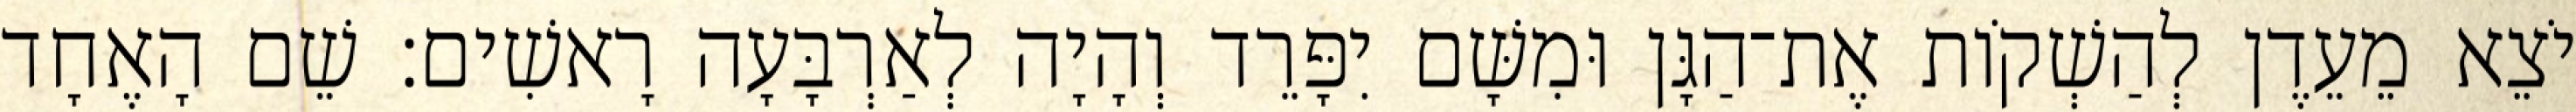
יֹצֵא מֵעֵדֶן לְהַשְׁקֹות אֶת־הַגָּן וּמִשָּׁם יִפָּרֵד וְהָיָה לְאַרְבָּעָה רָאשִׁים׃ שֵׁם הָאֶחָד